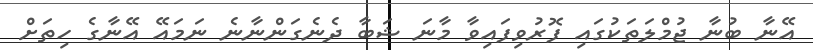
އޭނާ ބުނާ ޖުމްލަތަކުގައި ފޮރުވިފައިވާ މާނަ ޝަބާ ދެނެގަންނާނެ ނަމައޭ އޭނާގެ ހިތަށް